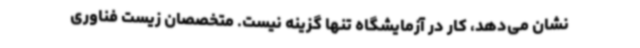
نشان می‌دهد، کار در آزمایشگاه تنها گزینه نیست. متخصصان زیست فناوری